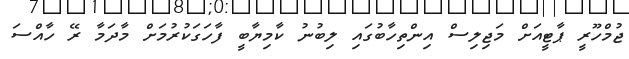
ޖުމްހޫރީ ޕާޓީއަށް މަޖިލިސް އިންތިހާބުގައި ލިބުނު ކާމިޔާބީ ފާހަގަކުރުމަށް މާދަމާ ރޭ ހާއްސަ